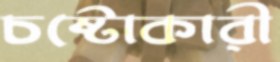
চষ্টোকারী